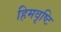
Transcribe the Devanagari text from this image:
हिमवृष्टि